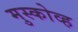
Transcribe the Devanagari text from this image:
मुस्कोव्ह